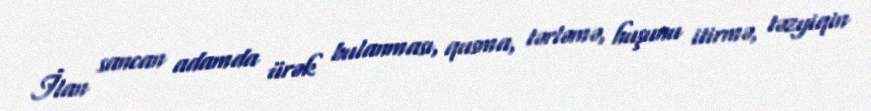
İlan sancan adamda ürək bulanması, qusma, tərləmə, huşunu itirmə, təzyiqin